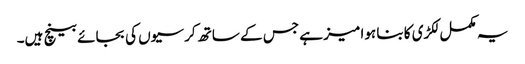
یہ مکمل لکڑی کا بنا ہوا میز ہے جس کے ساتھ کرسیوں کی بجائے بینچ ہیں۔